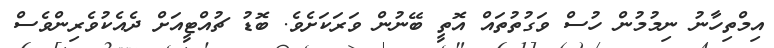
އިމްތިހާނު ނިމުމުން ހުސް ވަގުތުތައް އޮތީ ބޭނުން ވަރަކަށެވެ. ބޮޑު ޗުއްޓީއަށް ދެއެކުވެރިންވެސް